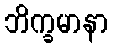
ဘိက္ခမာနာ